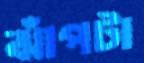
ঝাঁপটা